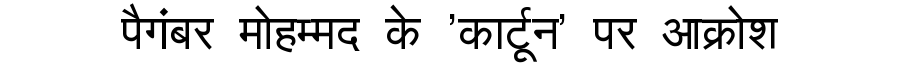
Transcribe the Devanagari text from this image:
पैगंबर मोहम्मद के 'कार्टून' पर आक्रोश